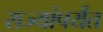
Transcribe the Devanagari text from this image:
राज्यांपर्यंत